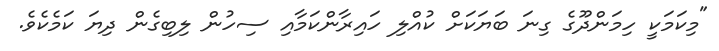
"މިކަމަކީ ހިމަންދޫގެ ގިނަ ބަޔަކަށް ކުއްލި ހައިރާންކަމާއި ސިހުން ލިބިގެން ދިޔަ ކަމެކެވެ.